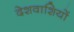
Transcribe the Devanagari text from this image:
देशवाशियों